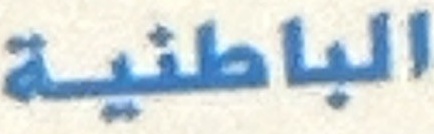
الباطنیة